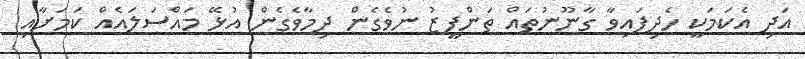
އަދި އެކަމަކީ ހެދިފައިވާ ގާނޫނުތައް ތަންފީޒު ނުވެގެން ދިމާވެގެން އުޅޭ މައްސަލައެއް ކަމަށާއި